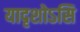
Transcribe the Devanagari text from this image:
यादृशोऽसि